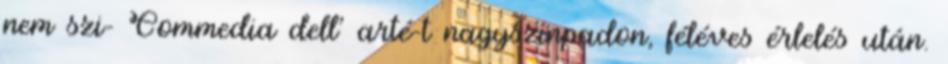
nem szi- Commedia dell' arté-t nagyszínpadon, féléves érlelés után.